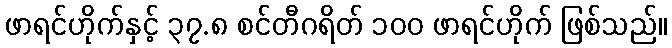
ဖာရင်ဟိုက်နှင့် ၃၇.၈ စင်တီဂရိတ် ၁၀၀ ဖာရင်ဟိုက် ဖြစ်သည်။